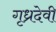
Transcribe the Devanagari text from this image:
गृध्रदेवी